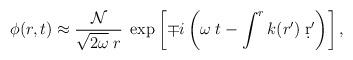
LaTeX: \begin{align*}\phi(r,t) \approx {{\cal N}\over\sqrt{2\omega}\;r}\;\exp\left[\mp i\left(\omega\;t - \int^r k(r') \; \d r'\right)\right],\end{align*}